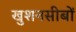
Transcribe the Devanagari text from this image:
खुशनसीबों